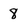
Character: 8